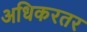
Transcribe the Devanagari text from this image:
अधिकरतर